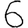
Digit: 6